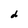
Character: d